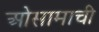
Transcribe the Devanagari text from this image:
ओसामाची